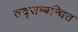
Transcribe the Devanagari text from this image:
तद्सम्बन्धित